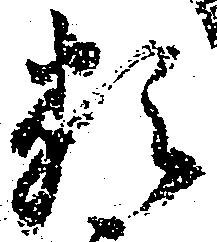
類